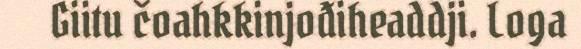
Giitu čoahkkinjođiheaddji. Loga